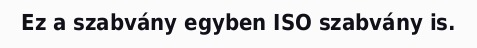
Ez a szabvány egyben ISO szabvány is.